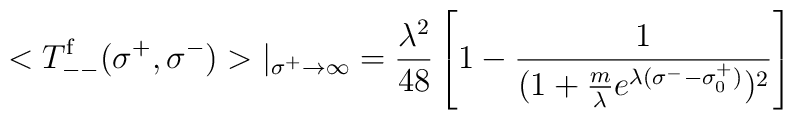
<T^{\rm f}_{--} (\sigma^+, \sigma^-)>|_{\sigma^+ \rightarrow \infty} =\frac{\lambda^2}{48} \left[ 1 - \frac{1}{(1+ \frac{m}{\lambda} e^{\lambda (\sigma^- - \sigma^+_0 )})^2 } \right]